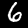
Label: 6